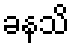
ခနသိ